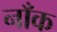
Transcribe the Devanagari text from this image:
नाँक